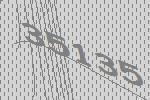
35135